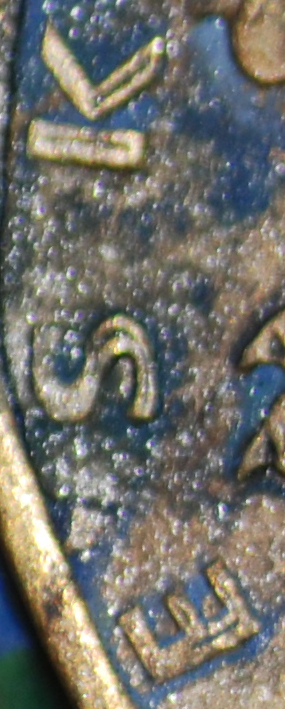
ESK